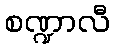
စဏ္ဍာလီ